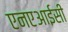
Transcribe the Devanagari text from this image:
एनएआईसी